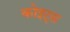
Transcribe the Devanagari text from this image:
कोइट्स